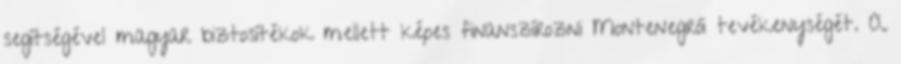
segítségével magyar biztosítékok mellett képes finanszírozni Montenegrói tevékenységét. A